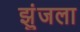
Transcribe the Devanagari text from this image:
झुंजला